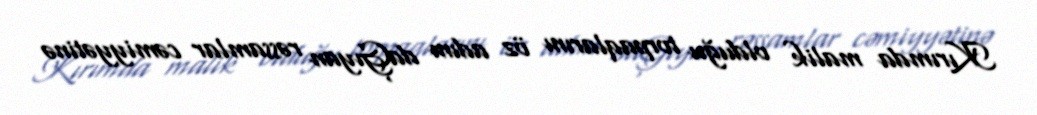
Kırımda malik olduğu torpaqlarını öz adını daĢıyan rəssamlar cəmiyyətinə